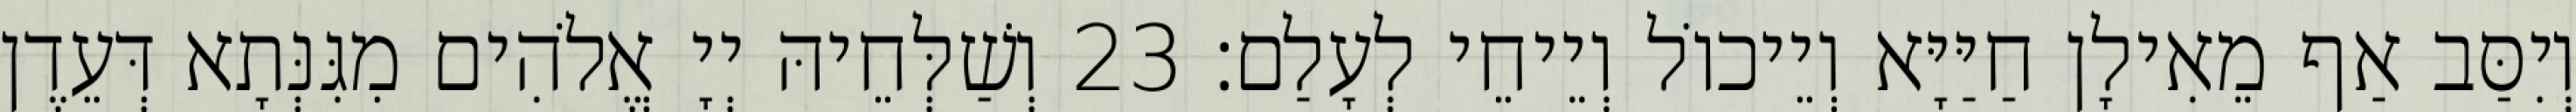
וְיִסַּב אַף מֵאִילָן חַיַּיָּא וְיֵיכוֹל וְיֵיחֵי לְעָלַם׃ 23 וְשַׁלְּחֵיהּ יְיָ אֱלֹהִים מִגִּנְּתָא דְּעֵדֶן